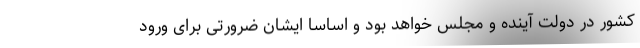
کشور در دولت آینده و مجلس خواهد بود و اساساً ایشان ضرورتی برای ورود